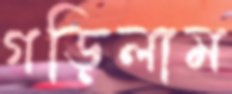
গড়িলাম